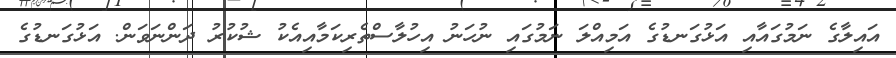
އައިލާގެ ނަމުގައާއި އަޅުގަނޑުގެ އަމިއްލަ ނަމުގައި ނުހަނު އިހުލާސްތެރިކަމާއިއެކު ޝުކުރު ދަންނަވަން. އަޅުގަނޑުގެ